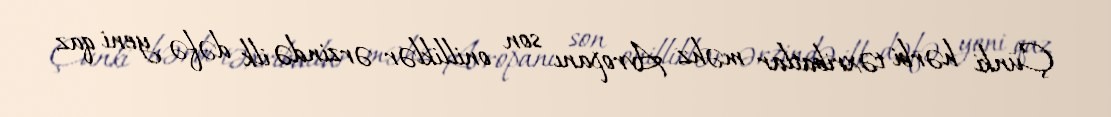
Çünki hərbi təxribatlar məhz Avropanı son onilliklər ərzində ilk dəfə yeni qaz